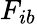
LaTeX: F_{ib}